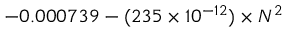
- 0 . 0 0 0 7 3 9 - ( 2 3 5 \times 1 0 ^ { - 1 2 } ) \times N ^ { 2 }